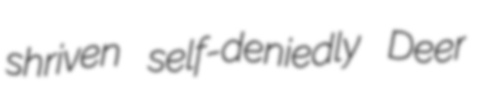
shriven self-deniedly Deer